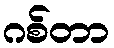
ဂစ်တာ